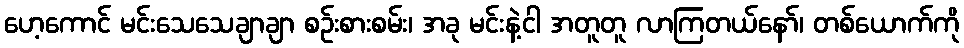
ဟေ့ကောင် မင်းသေသေချာချာ စဉ်းစားစမ်း၊ အခု မင်းနဲ့ငါ အတူတူ လာကြတယ်နော်၊ တစ်ယောက်ကို